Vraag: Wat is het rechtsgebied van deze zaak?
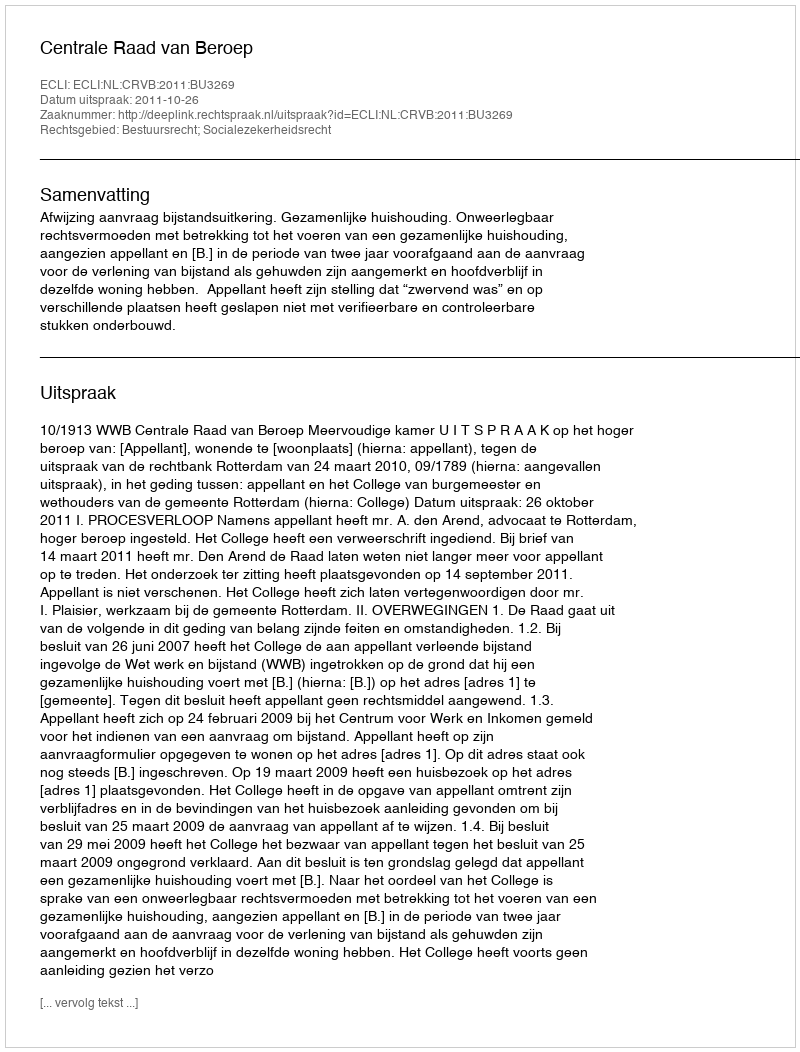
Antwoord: Bestuursrecht; Socialezekerheidsrecht